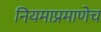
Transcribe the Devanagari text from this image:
नियमाप्रमाणेच